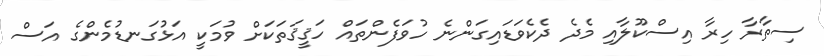
ސިތާރާ ހިރާ އިސްކޫލާއި މެދެ ދެކެވަޑައިގަންނެ ހުވަފެންތައް ހަޤީޤަތަކަށް ވުމަކީ އަޅުގަނޑުމެންގެ އަސް